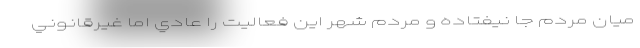
ميان مردم جا نيفتاده و مردم شهر اين فعاليت را عادي اما غيرقانوني